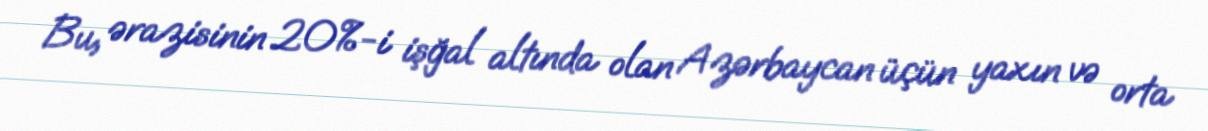
Bu, ərazisinin 20%-i işğal altında olan Azərbaycan üçün yaxın və orta